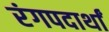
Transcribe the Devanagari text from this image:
रंगपदार्थां